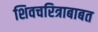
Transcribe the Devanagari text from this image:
शिवचरित्राबाबत